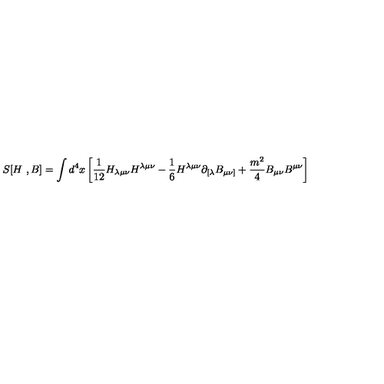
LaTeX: S [ H \ , B ] = \int d ^ { 4 } x \left[ { \frac { 1 } { 1 2 } } H _ { \lambda \mu \nu } H ^ { \lambda \mu \nu } - { \frac { 1 } { 6 } } H ^ { \lambda \mu \nu } \partial _ { [ \lambda } B _ { \mu \nu ] } + { \frac { m ^ { 2 } } { 4 } } B _ { \mu \nu } B ^ { \mu \nu } \right]